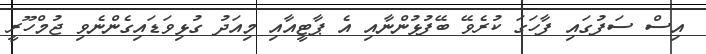
އިސް ސަފުގައި ފާހަގަ ކުރެވޭ ބޭފުޅުންނާއި އެ ޕާޓީއާއި މިއަދު ގުޅިވަޑައިގެންނެވި ޖުމްހޫރީ